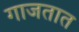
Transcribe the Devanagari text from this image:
गाजतात